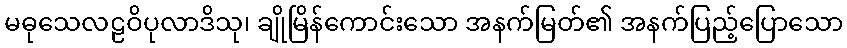
မဓုသေလဠဝိပုလာဒိသု၊ ချိုမြိန်ကောင်းသော အနက်မြတ်၏ အနက်ပြည့်ပြောသော